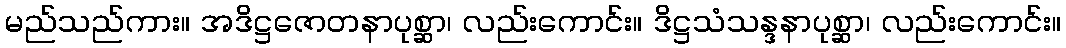
မည်သည်ကား။ အဒိဋ္ဌဇောတနာပုစ္ဆာ၊ လည်းကောင်း။ ဒိဋ္ဌသံသန္ဒနာပုစ္ဆာ၊ လည်းကောင်း။